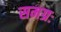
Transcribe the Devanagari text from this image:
समग्रः